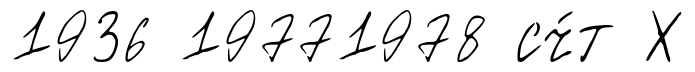
1936 19771978 сч́т Х